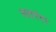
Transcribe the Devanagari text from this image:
सतरंगा